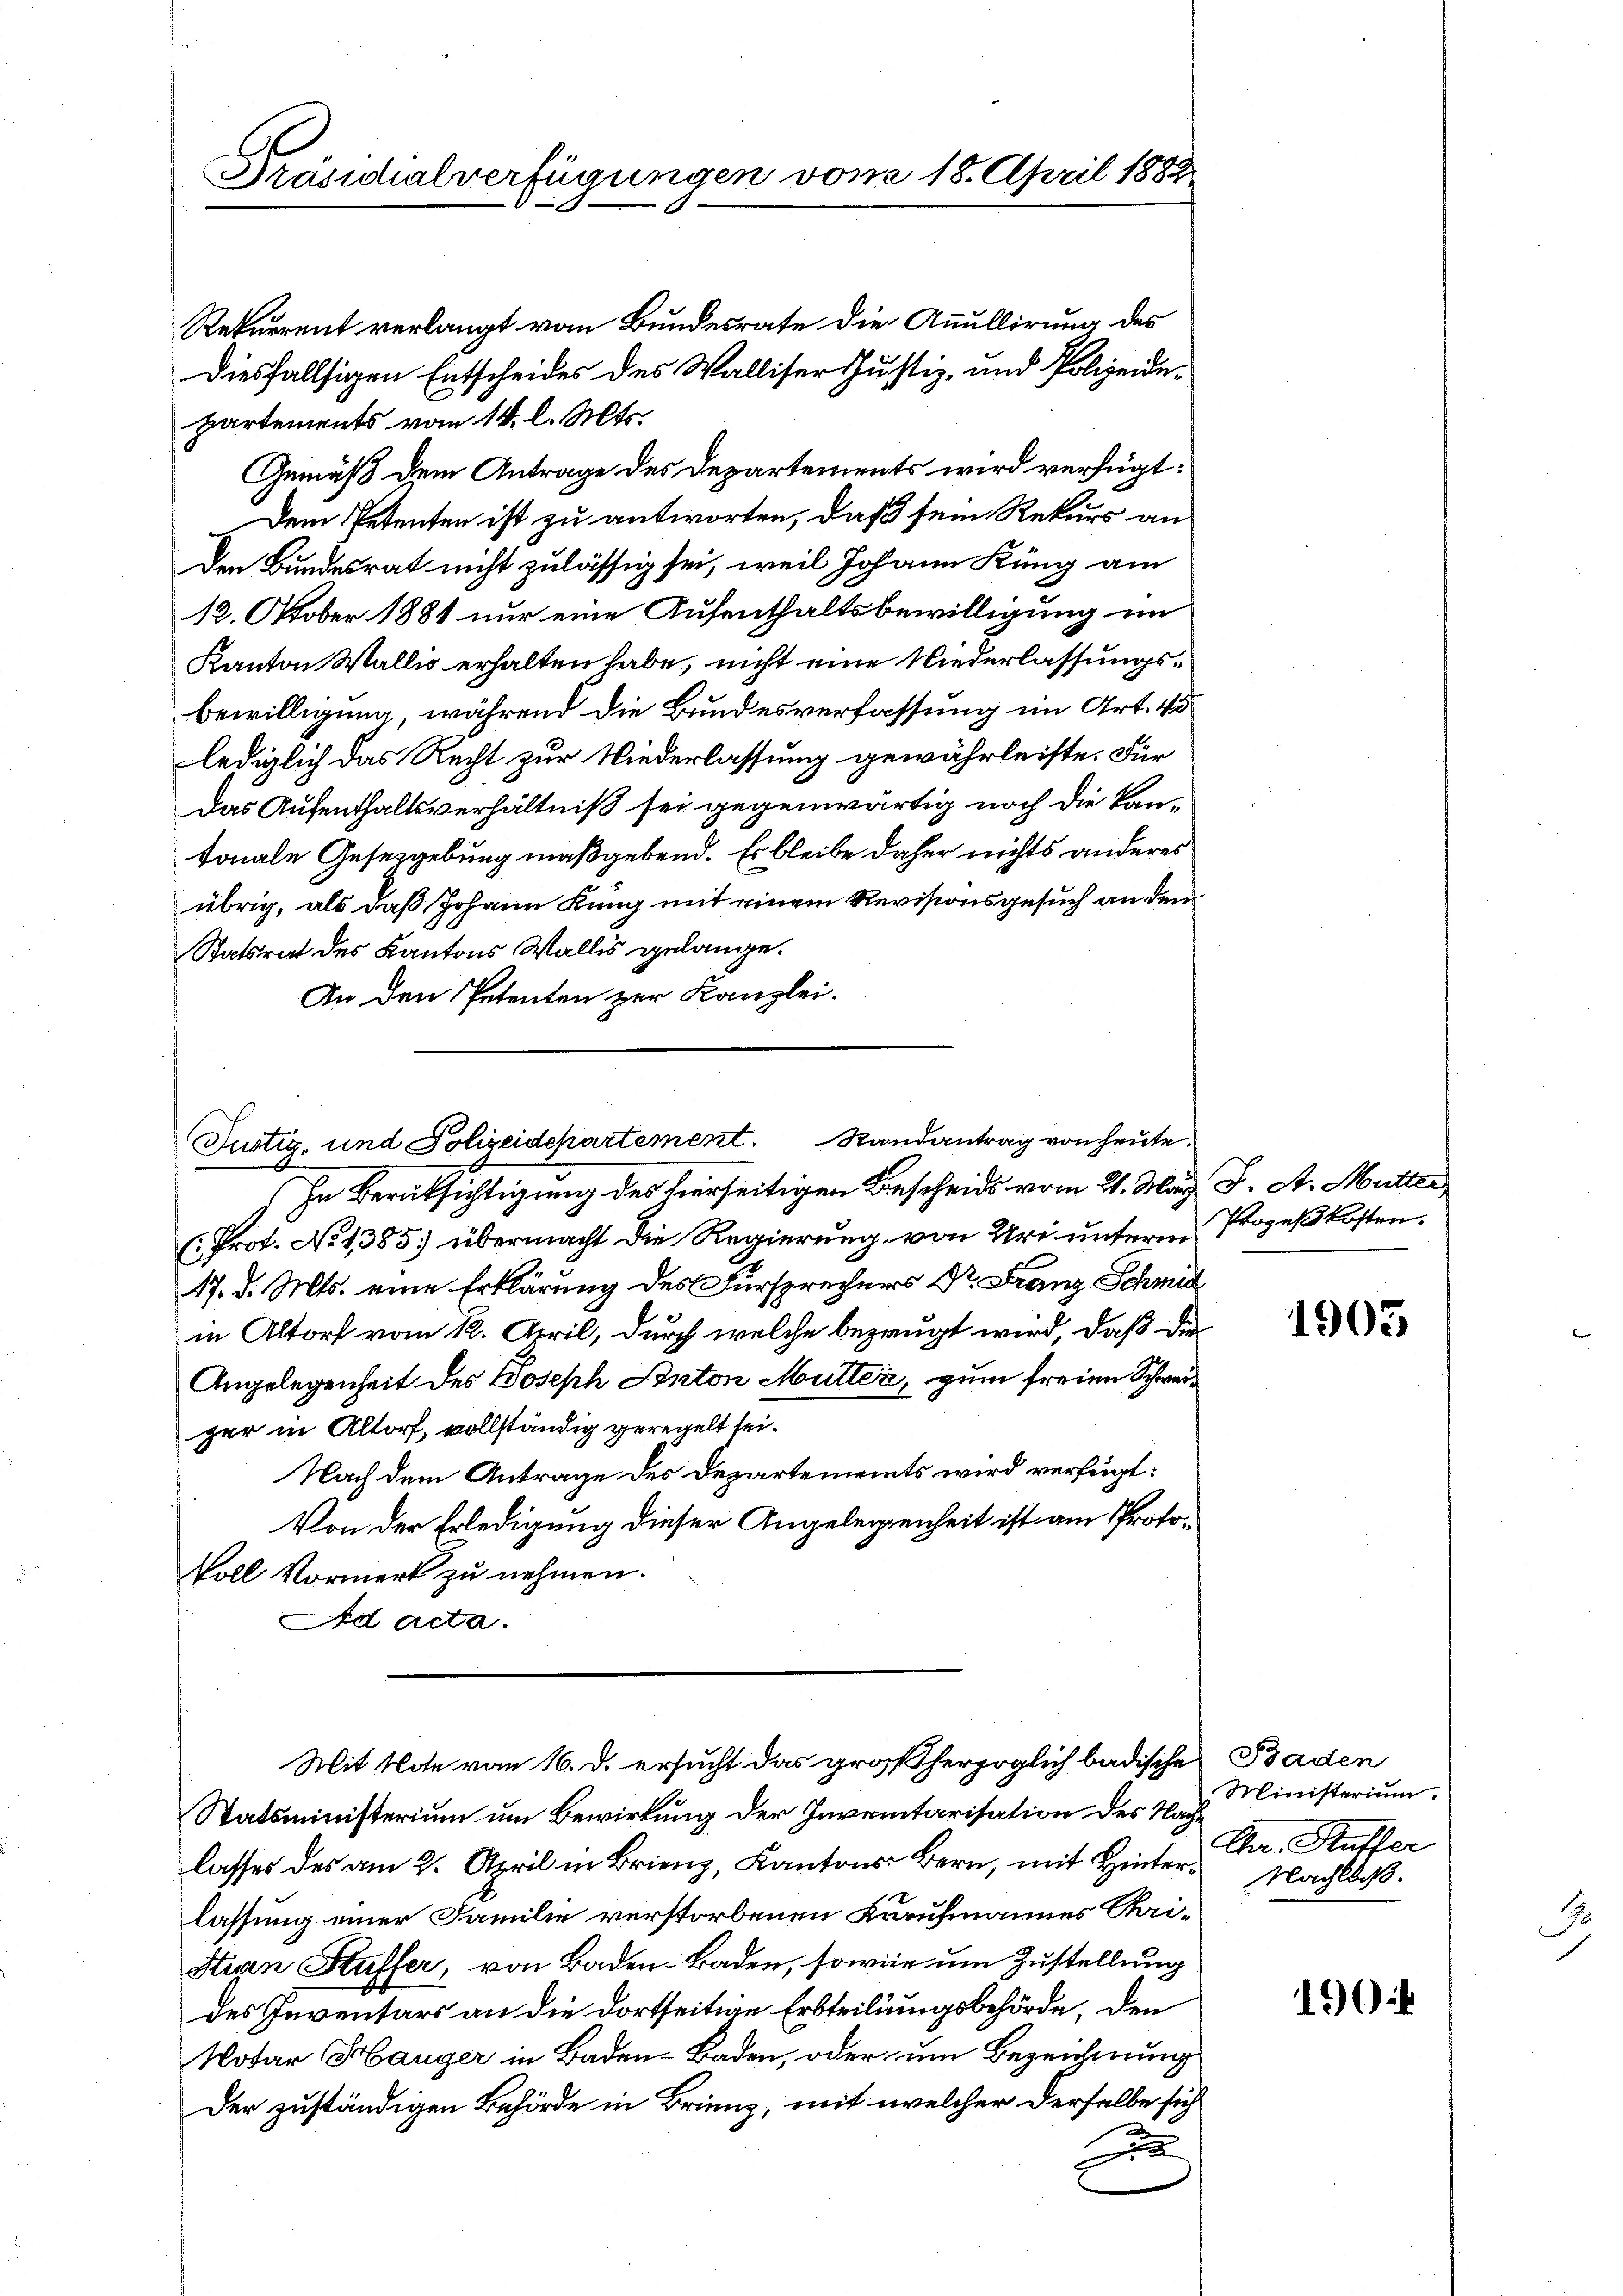
Präsidialverfügungen vom 18. April 1882

Rekurrent verlangt vom Bundesrate die Annullirung des
diesfallsigen Entscheides des Walliser Justiz- und Polizeidepartements vom 14. l. Mts.
Gemäß dem Antrage des Departements wird verfügt:
Dem Petenten ist zu antworten, daß sein Rekurs an
den Bundesrat nicht zulässig sei, weil Johann Küng am
12. Oktober 1881 nur eine Aufenthaltsbewilligung im
Kanton Wallis erhalten habe, nicht eine Niederlassungsbewilligung, während die Bundesverfassung im Art. 43
lediglich das Recht zur Niederlassung gewährleiste. Für
Das Aufenthaltsverhältniß sei gegenwärtig noch die kan-
tonale Gesetzgebung maßgebend. Es bleibe daher nichts anderes
übrig, als daß Johann Kung mit einem Revisionsgesuch an den
Statsrat des Kantons Wallis gelange.
An den Petenten zur Kanzlei.
In Berücksichtigung des hierseitigen Bescheids vom 21. May J. A. Mutter
(Prot. No 1385 übermacht die Regierung von Uri unterm Prozeßkosten.
17. d. Mts. eine Erklärung des Fürsprechers Dr. Franz Schmut
in Altorf vom 12. April, durch welche bezeugt wird, daß die
Angelegenheit des Joseph Anton Mutter, zum freien Schweiger in Altorf, vollständig geregelt sei.
Nach dem Antrage des Departements wird verfügt:
Von der Erledigung dieser Angelegenheit ist am Proto¬
Voll Vormerk zu nehmen.
Ad acta.
Mit Note vom 16. d. ersucht das großherzoglich badische Baden
Statsministerium um Bewirkung der Inventarisation des Nachlasses des am 2. April in Brienz, Kantons Bern, mit Hinterlassung einer Familie verstorbenen Kurufmannes Chri¬
Stian Kuffer, von Baden-Baden, sowie um Zustellung
des Inventars an die dortseitige Erbteilungsbehörde, den
Notar Hanger in Baden-Baden, oder um Bezeichnung
Der zuständigen Behörde in Brienz, mit welcher derselbe sich
E

Justig, und Polizeidepartement. Randantrag von heute.

1903

Ministerium.
Chr. Auffer
Nachlaß.

1904